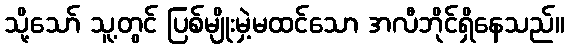
သို့သော် သူ့တွင် ပြစ်မျိုးမှဲ့မထင်သော အလီဘိုင်ရှိနေသည်။